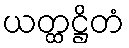
ယတ္ထဋ္ဌိတံ